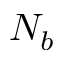
N _ { b }